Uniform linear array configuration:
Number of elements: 32
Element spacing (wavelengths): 0.75
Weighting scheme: uniform
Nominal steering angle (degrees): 0
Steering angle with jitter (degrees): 0.2728
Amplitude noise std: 0.05
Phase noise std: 0.05

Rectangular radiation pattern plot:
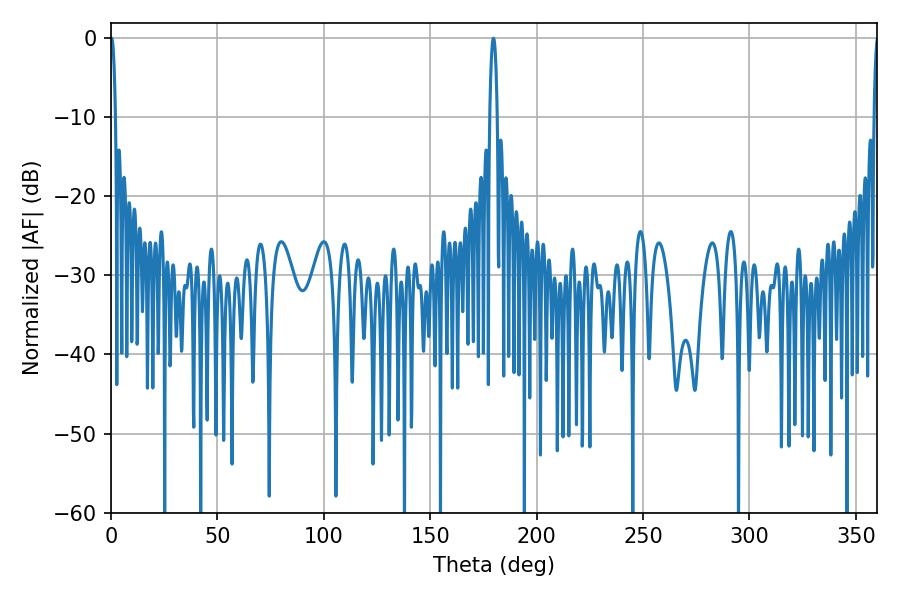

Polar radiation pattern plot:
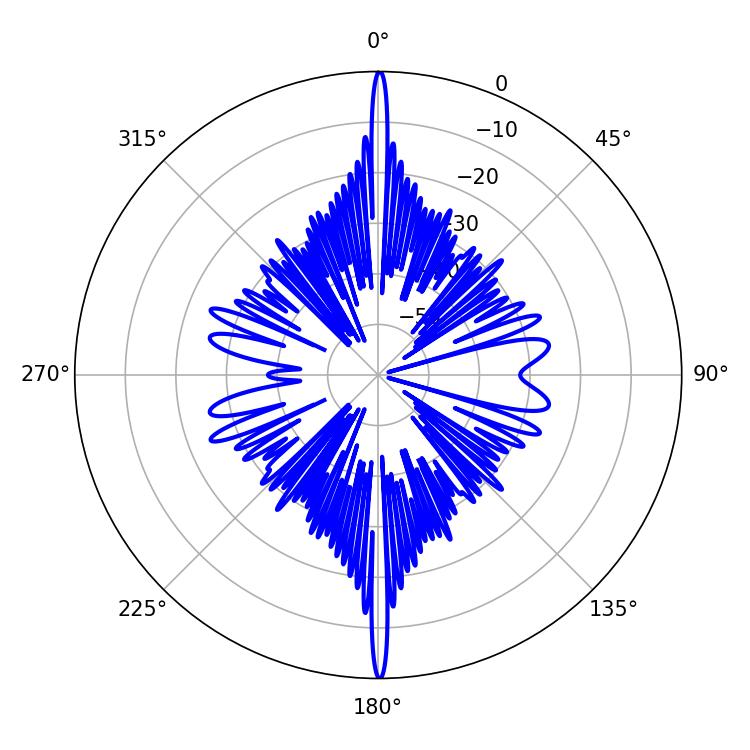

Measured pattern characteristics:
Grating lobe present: TRUE
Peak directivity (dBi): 35.68
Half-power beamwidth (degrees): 1.98
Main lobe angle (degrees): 179.64